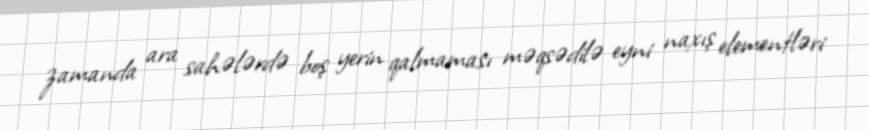
zamanda ara sahələrdə boş yerin qalmaması məqsədilə eyni naxış elementləri